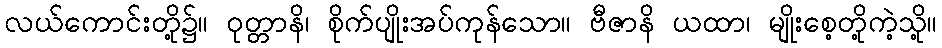
လယ်ကောင်းတို့၌။ ဝုတ္တာနိ၊ စိုက်ပျိုးအပ်ကုန်သော။ ဗီဇာနိ ယထာ၊ မျိုးစေ့တို့ကဲ့သို့။